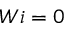
W i = 0